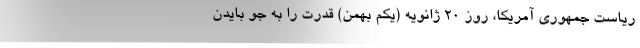
ریاست جمهوری آمریکا، روز ۲۰ ژانویه (یکم بهمن) قدرت را به جو بایدن